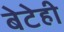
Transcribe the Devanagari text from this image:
बेटेही